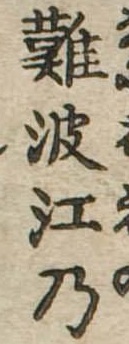
難波江乃